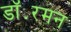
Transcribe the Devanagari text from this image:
डॉ॰रमन